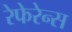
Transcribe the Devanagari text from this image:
रेफेरेन्‍स